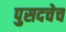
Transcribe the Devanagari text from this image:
पुसदचेच